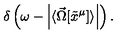
\delta \left( \omega - \left| \langle \vec { \Omega } [ \tilde { x } ^ { \mu } ] \rangle \right| \right) .